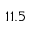
1 1 . 5